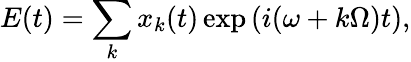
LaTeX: E(t)=\sum_{k}x_{k}(t)\exp\left(i(\omega+k\Omega)t\right),